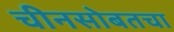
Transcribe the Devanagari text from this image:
चीनसोबतचा